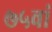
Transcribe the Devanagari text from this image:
७५वां